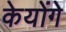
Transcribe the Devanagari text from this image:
केयोंगे